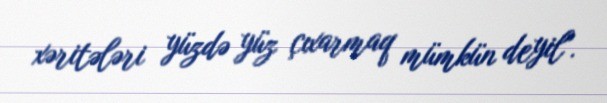
xəritələri yüzdə yüz çıxarmaq mümkün deyil".